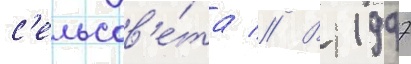
с'ельсов'е́та // В 1997